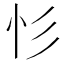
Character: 𢒆